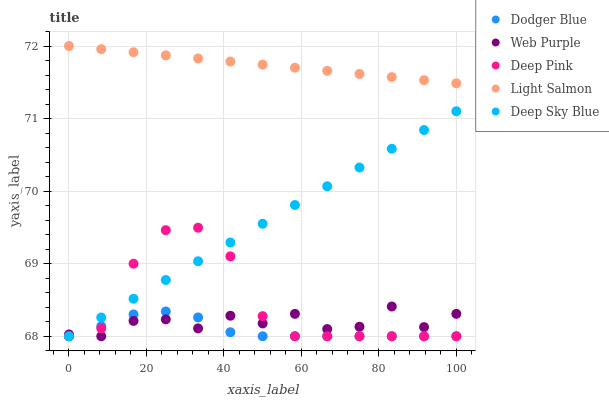
| xaxis_label | Dodger Blue | Web Purple | Deep Pink | Light Salmon | Deep Sky Blue |
 | --- | --- | --- | --- | --- | --- |
 | 0 | 68 | 68 | 68 | 72 | 68 |
 | 8.33 | 68.1 | 68 | 68.1 | 72 | 68.3 |
 | 16.7 | 68.3 | 68.2 | 69 | 71.9 | 68.5 |
 | 25 | 68.3 | 68.2 | 69.5 | 71.9 | 68.8 |
 | 33.3 | 68.3 | 68.1 | 69.5 | 71.8 | 69 |
 | 41.7 | 68.1 | 68.3 | 69.1 | 71.8 | 69.3 |
 | 50 | 68 | 68.2 | 68.3 | 71.7 | 69.6 |
 | 58.3 | 68 | 68.3 | 68 | 71.7 | 69.8 |
 | 66.7 | 68 | 68.1 | 68 | 71.7 | 70.1 |
 | 75 | 68 | 68.1 | 68 | 71.6 | 70.3 |
 | 83.3 | 68 | 68.4 | 68 | 71.6 | 70.6 |
 | 91.7 | 68 | 68.1 | 68 | 71.5 | 70.8 |
 | 100 | 68 | 68.3 | 68 | 71.5 | 71.1 |